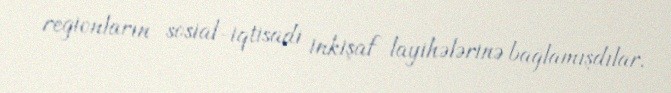
regionların sosial-iqtisadi inkişaf layihələrinə bağlamışdılar.